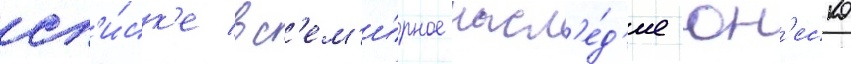
сп'и́ск'е вс'ем'и́рное насл'е́д'ие юн'еско